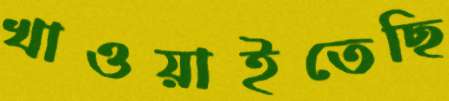
খাওয়াইতেছি